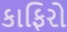
કાફિરો